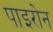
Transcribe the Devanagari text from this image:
पाइरोन